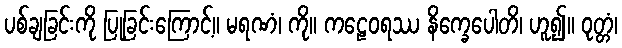
ပစ်ချခြင်းကို ပြုခြင်းကြောင့်။ မရဏံ၊ ကို။ ကဠေဝရဿ နိက္ခေပေါတိ၊ ဟူ၍။ ဝုတ္တံ၊